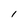
Character: l